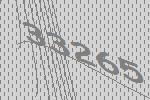
33265